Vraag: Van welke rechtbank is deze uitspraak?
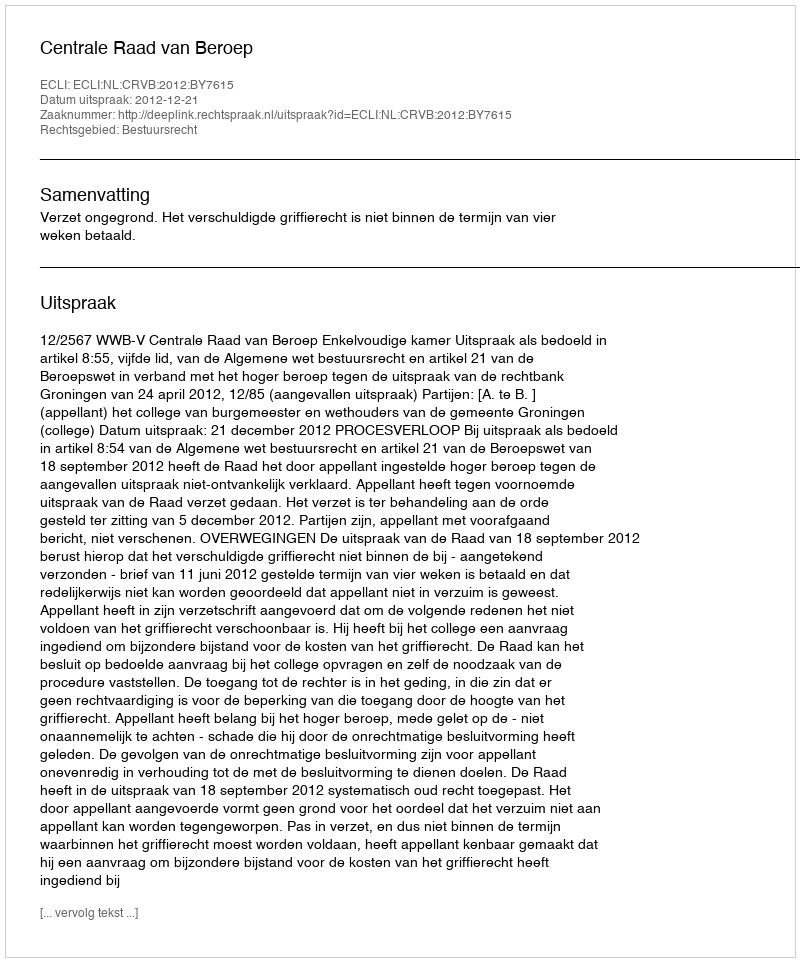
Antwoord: Centrale Raad van Beroep